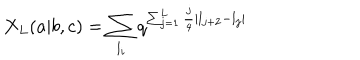
LaTeX: X _ { L } ( a | b , c ) = \sum _ { l _ { i } } q ^ { \sum _ { j = 1 } ^ { L } \frac { j } { 4 } | l _ { j + 2 } - l _ { j } | }